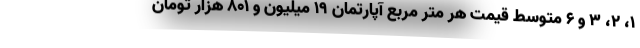
۱، ۲، ۳ و ۶ متوسط قیمت هر متر مربع آپارتمان ۱۹ میلیون و ۸۰۱ هزار تومان